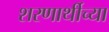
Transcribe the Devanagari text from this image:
शरणार्थीच्या